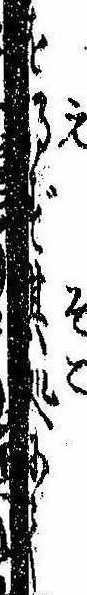
をず其処にて